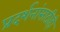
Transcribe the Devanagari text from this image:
प्रदर्शनांसाठीही